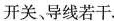
开关、导线若干。